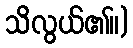
သိလွယ်၏။)